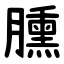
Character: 臐